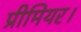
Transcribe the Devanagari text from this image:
प्रीमियर।